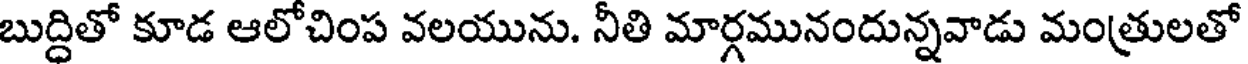
బుద్దితో కూడ ఆలోచింప వలయును. నీతి మార్గమునందున్నవాడు మంత్రులతో